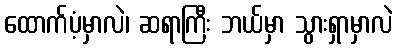
ထောက်ပံ့မှာလဲ၊ ဆရာကြီး ဘယ်မှာ သွားရှာမှာလဲ